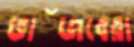
ভাঁজবেরা